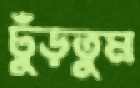
ঢুঁড়তুম